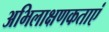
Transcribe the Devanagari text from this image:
अभिलाक्षणकताएं